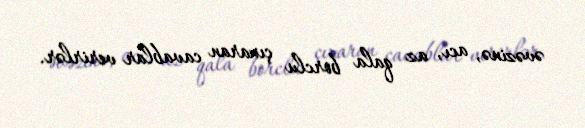
əvəzinə, acı, az qala borclu çıxaran cavablar verirlər.